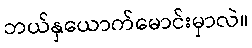
ဘယ်နှယောက်မောင်းမှာလဲ။